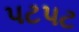
પટપટ